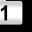
Digit: 1